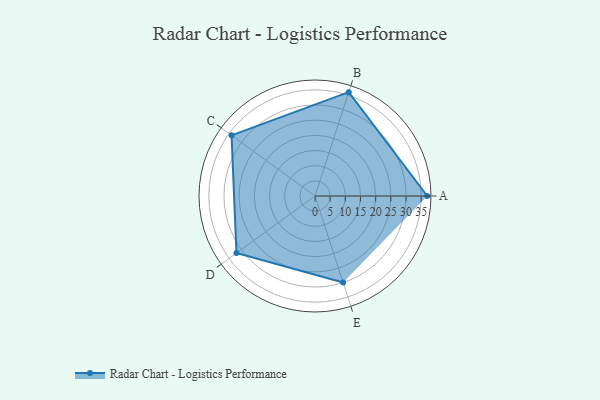
{"axis": {"x": "Skill", "y": "Score"}, "legend": ["Profile"], "data": [{"x": "A", "y": 37.0, "type": "Profile"}, {"x": "B", "y": 36.0, "type": "Profile"}, {"x": "C", "y": 34.0, "type": "Profile"}, {"x": "D", "y": 32.0, "type": "Profile"}, {"x": "E", "y": 30.0, "type": "Profile"}]}